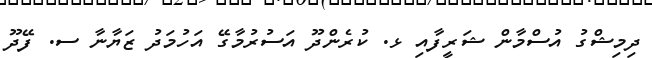
ދިމިޝްގު އުސްމާން ޝަރީފާއި ޅ. ކުރެންދޫ އަސުރުމާގޭ އަހުމަދު ޒަޔާނާ ސ. ފޭދޫ